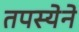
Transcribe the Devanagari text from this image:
तपस्येने